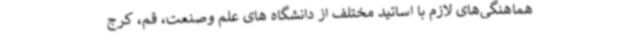
هماهنگی‌های لازم با اساتید مختلف از دانشگاه های علم وصنعت، قم، کرج